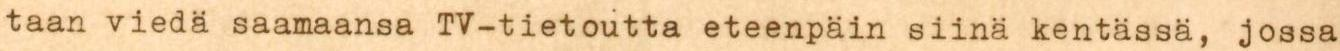
taan viedä saamaansa TV-tietoutta eteenpäin siinä kentässä, jossa